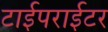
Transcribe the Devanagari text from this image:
टाईपराईटर